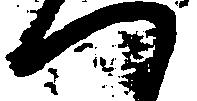
つ